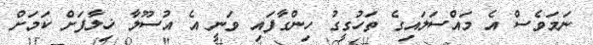
ނަމަވެސް އެ މައްސަލައިގެ ތަހުގީގު ހިންގާފައި ވަނީ އެ އުސޫލާ ޚިލާފަށް ކަމަށް